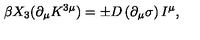
\beta X _ { 3 } ( \partial _ { \mu } K ^ { 3 \mu } ) = \pm D \left( \partial _ { \mu } \sigma \right) I ^ { \mu } ,